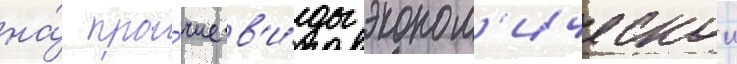
на́ про́чие в'и́ды эконом'ическои